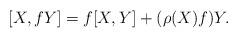
LaTeX: \begin{align*}[X,fY]=f[X,Y]+(\rho(X)f)Y.\end{align*}